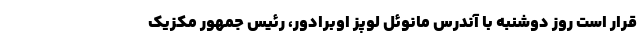
قرار است روز دوشنبه با آندرس مانوئل لوپز اوبرادور، رئیس جمهور مکزیک